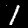
Digit: 1